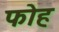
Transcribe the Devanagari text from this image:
फोह